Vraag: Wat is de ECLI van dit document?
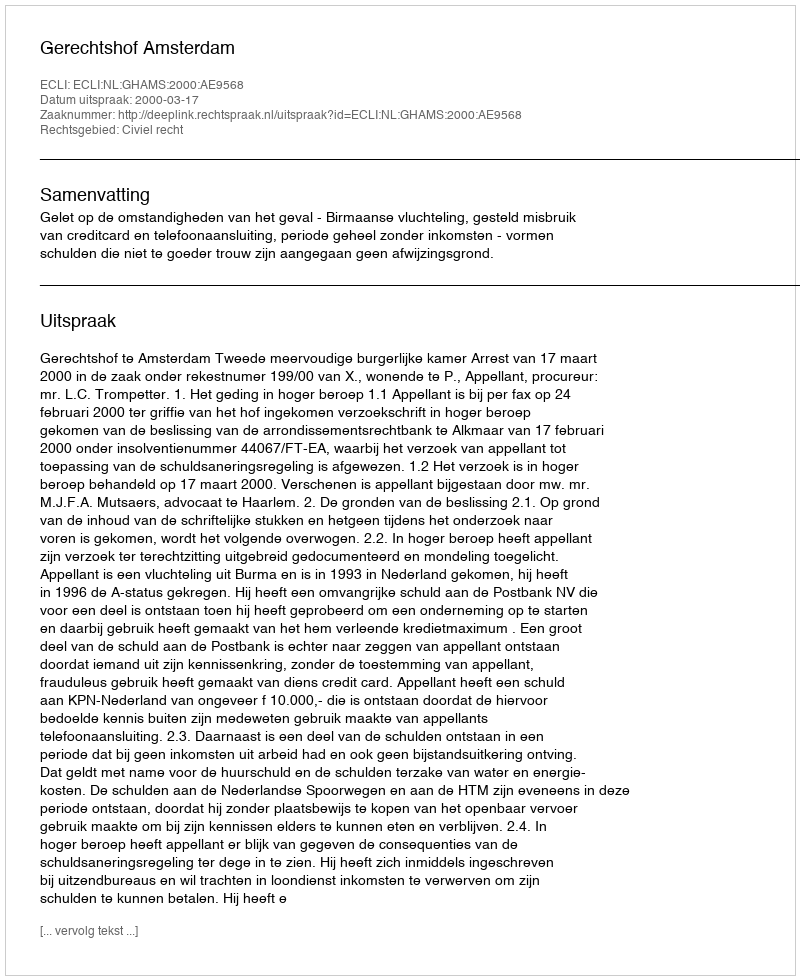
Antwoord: ECLI:NL:GHAMS:2000:AE9568